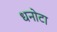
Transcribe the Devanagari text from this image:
धनोटा